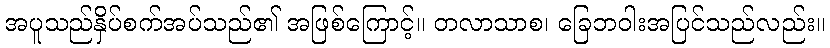
အပူသည်နှိပ်စက်အပ်သည်၏ အဖြစ်ကြောင့်။ တလာသာစ၊ ခြေဘဝါးအပြင်သည်လည်း။